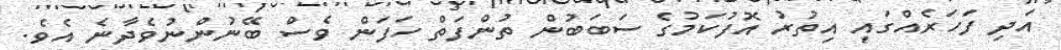
އަދި ފަހަރެއްގައި އިތުރު އޮފުކަމުގެ ސަބަބުން ތުންފަތް ހަފަން ވެސް ބޭނުންނުވެދާނެ އެވެ.